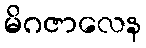
မိဂဇာလေန